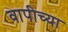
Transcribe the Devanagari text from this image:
वापीच्या